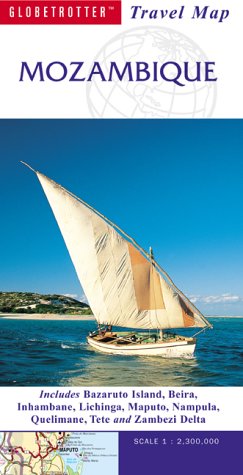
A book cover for Mozambique (Globetrotter Travel Map); Mike Slater; Travel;